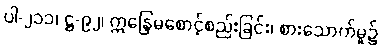
ပါ-၂၁၁၊ ဋ္ဌ-၉၂၊ ဣန္ဒြေမစောင့်စည်းခြင်း၊ စားသောက်မှု၌